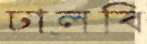
ঢালবি